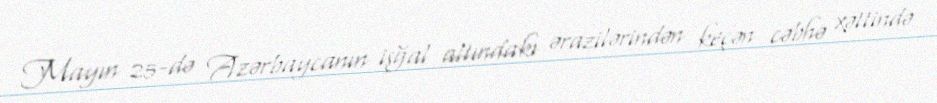
Mayın 25-də Azərbaycanın işğal altındakı ərazilərindən keçən cəbhə xəttində